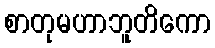
စာတုမဟာဘူတိကော